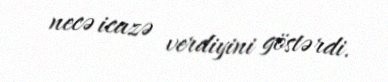
necə icazə verdiyini göstərdi.